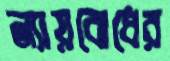
ন্যায়বোধের